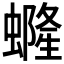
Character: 𧑟